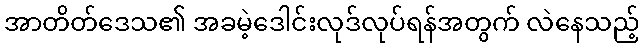
အာတိတ်ဒေသ၏ အခမဲ့ဒေါင်းလုဒ်လုပ်ရန်အတွက် လဲနေသည့်